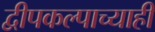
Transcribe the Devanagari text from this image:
द्वीपकल्पाच्याही